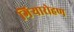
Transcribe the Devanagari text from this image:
गिऱ्यारोहण